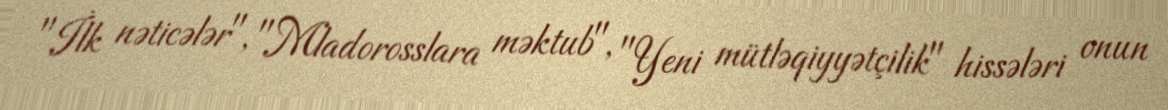
"İlk nəticələr", "Mladorosslara məktub", "Yeni mütləqiyyətçilik" hissələri onun